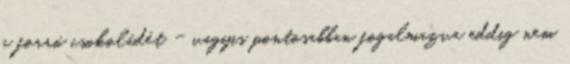
a forró csokoládét - vagyis pontosabban fogalmazva eddig nem